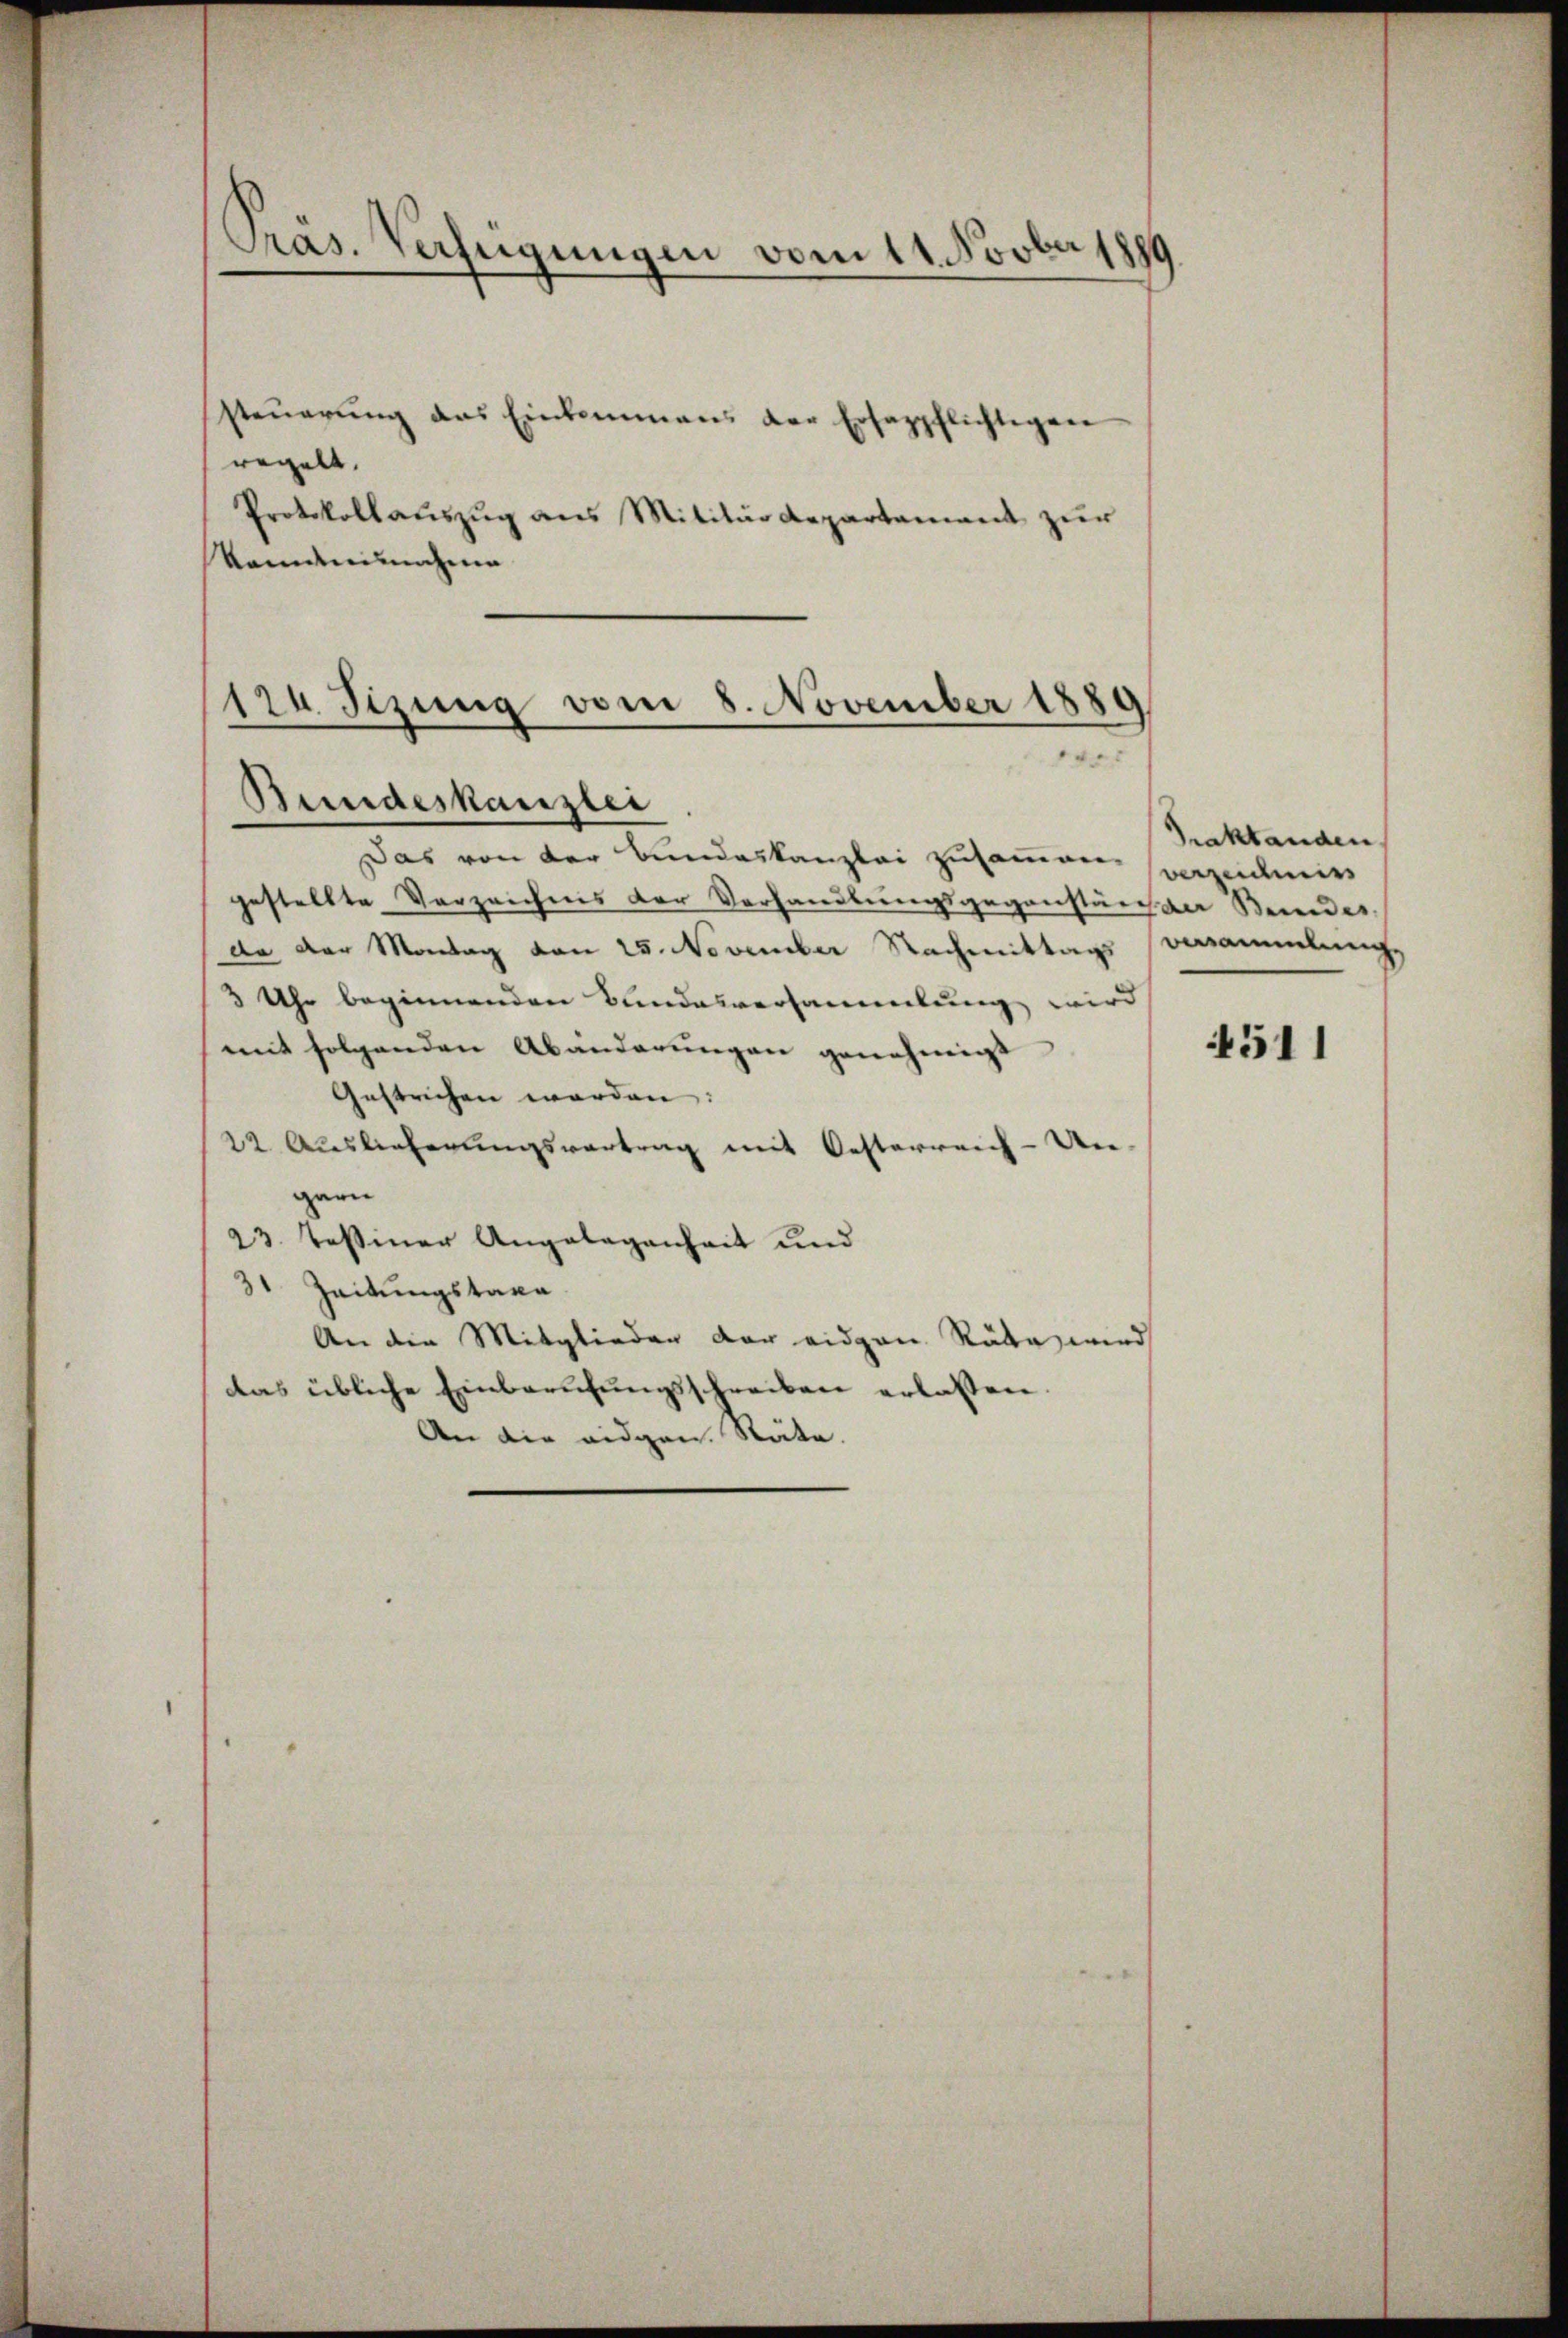
steŭerŭng das Einkommens der Ersazpflichtigen
regelt.
Protokollauszug aus Militärdepartement zur
kanntnisnahme

Präs. Verfügungen vom 11. Novber 1890

120 Sizung vom 8. November 1889
e
Bundeskanzlei

Das von der Bundeskanzlei zusammen sorzeimiss
gestellte Verzeichnis der Verhandlungsgegenstände Bewendes
da der Montag von 25. November Nachmittags versammlungs
3 Uhr beginnenden Bundesversammlung wird
mit folgenden Abänderŭngen genehmigt
Gestrichen werden:
22 Auslieferungsvertrag mit Oesterreich-Ungern
23. Tessiner Angelegenheit und
31 Zeitungstaxa
An die Mitglieder der eidgen. Räte, wird
das übliche Einberufungsschreiben erlassen.
An die eidgen. Räte.

Praktanden,

4511